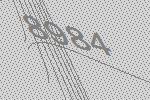
8984